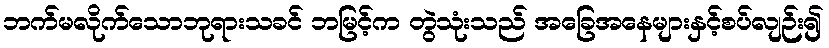
ဘက်မလိုက်သောဘုရားသခင် ဘမြင့်က တွဲသုံးသည် အခြေအနေများနှင့်စပ်လျဉ်း၍